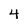
Character: 4